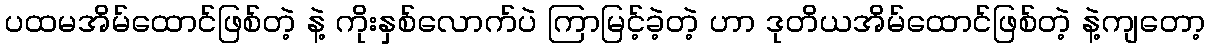
ပထမအိမ်ထောင်ဖြစ်တဲ့ နဲ့ ကိုးနှစ်လောက်ပဲ ကြာမြင့်ခဲ့တဲ့ ဟာ ဒုတိယအိမ်ထောင်ဖြစ်တဲ့ နဲ့ကျတော့